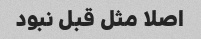
اصلا مثل قبل نبود